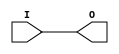
module IBUF_HSTL_IV_DCI_18 (O, I);

    output O;

    input  I;

	buf B1 (O, I);


endmodule